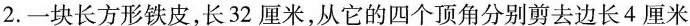
2. 一块长方形铁皮，长32厘米，从它的四个顶角分别剪去边长4厘米